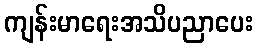
ကျန်းမာရေးအသိပညာပေး